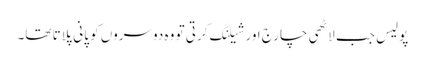
پولیس جب لاٹھی چارج اور شیلنگ کرتی تو وہ دوسروں کو پانی پلاتا تھا۔